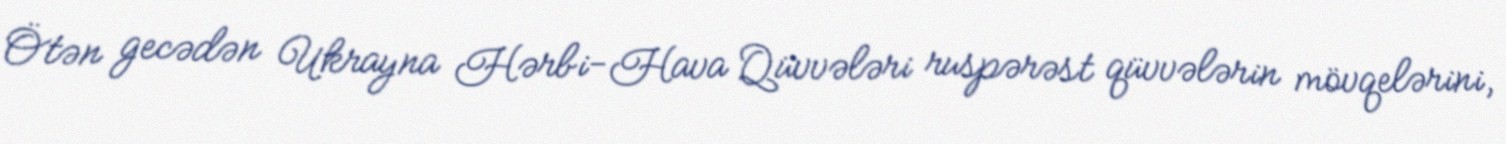
Ötən gecədən Ukrayna Hərbi-Hava Qüvvələri ruspərəst qüvvələrin mövqelərini,